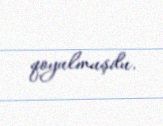
qoyulmuşdu.